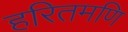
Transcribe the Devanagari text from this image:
हरितमणि